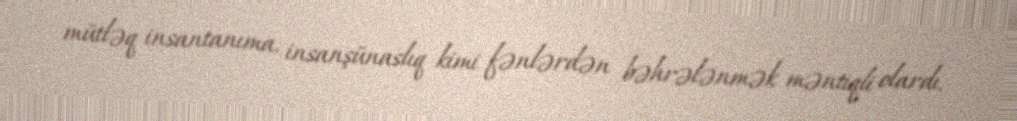
mütləq insantanıma, insanşünaslıq kimi fənlərdən bəhrələnmək məntiqli olardı.